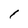
Character: 1